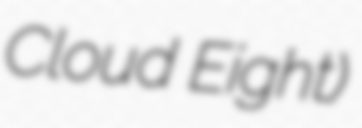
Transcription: Cloud Eight)